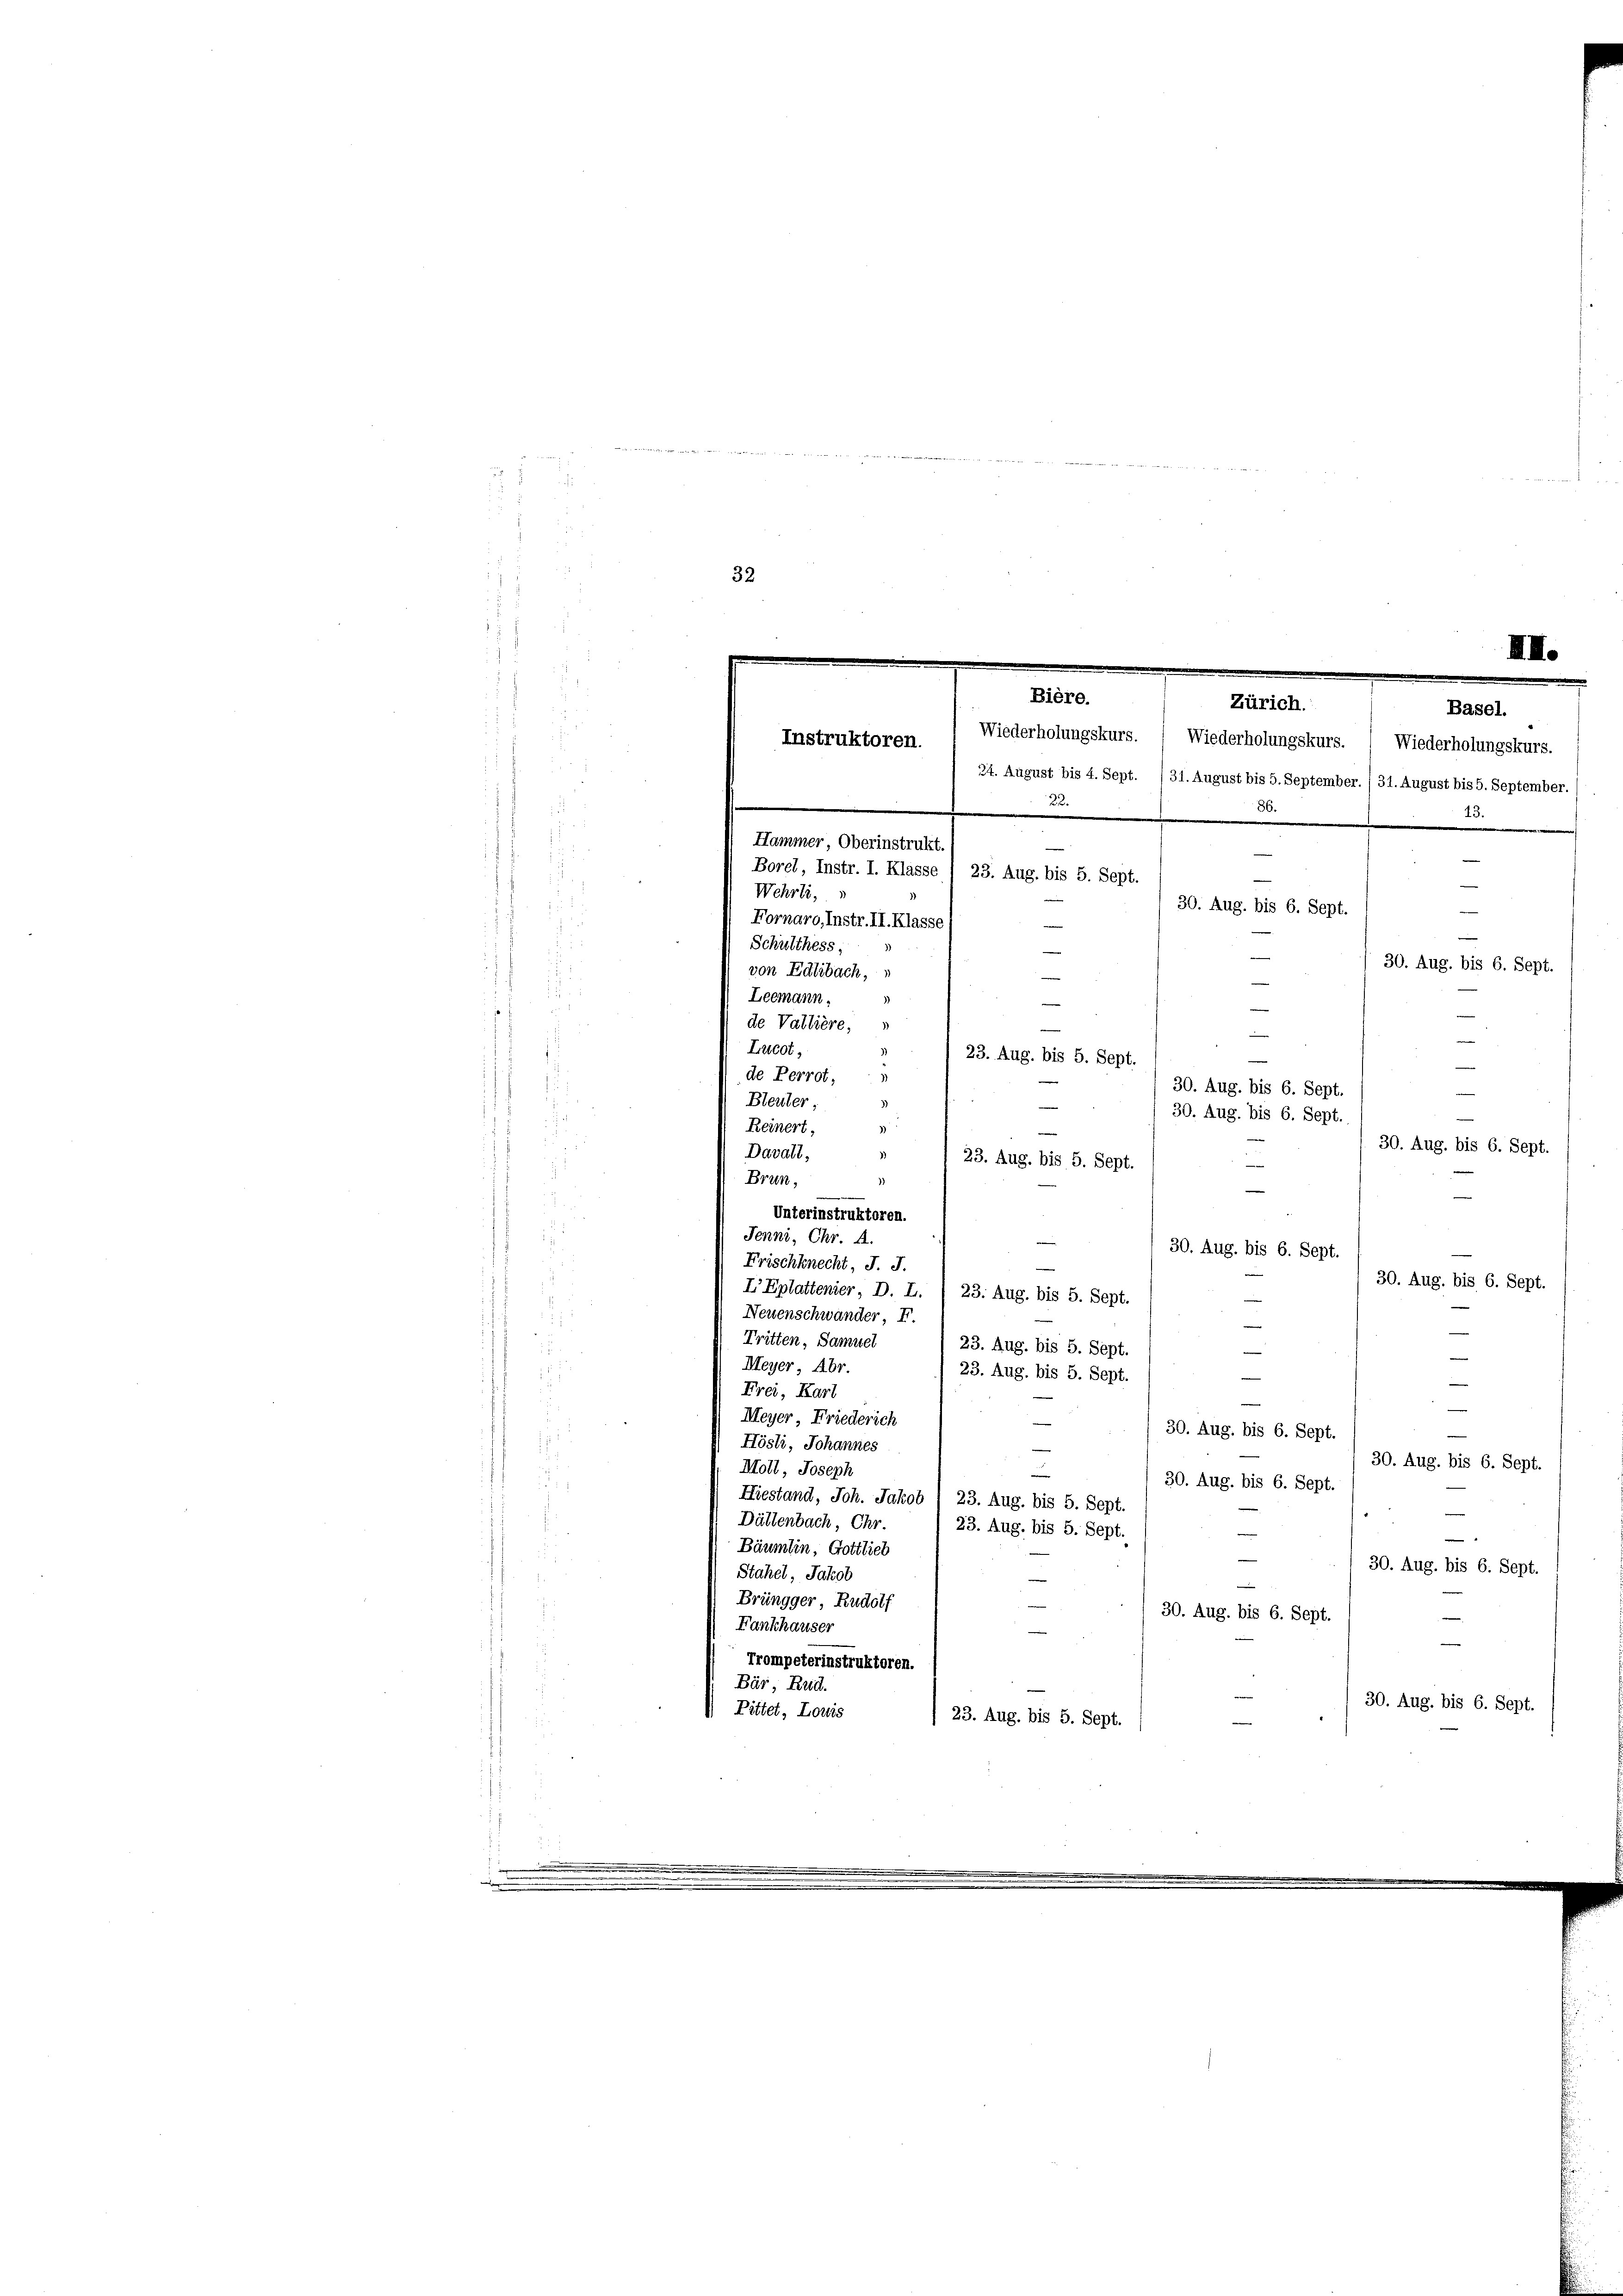
u
.
.
7

32
e
e
Bière.
Zürich.
Basel.
Instruktoren.
Wiederholungskurs. ( Wiederholungskurs. ( Wiederholungskurs.
24. August bis 4. Sept. (31. August bis 5. September. / 31. August bis 5. September.)

1
Hammer, Oberinstrukt
Borel, Instr. I. Klasse (23. Aug. bis 5. Sept.
Wehrli,
Fornaro, Instr. II. Klass
Schulthess,
von Edlibach,
i
Leemann.
.
2
de Vattière,
¬
Lucot,
de Perrot,
Bleuter,
e
30. Aug. bis 6. Sept.
Reinert,
3
Davall,
.
1)
23. Aug. bis 5. Sept.
¬
Brun¬
)
—
Unterinstruktoren.
Jenni, Chr. A.
30. Aug. bis 6. Sept.
Frischknecht, J. J.
e
z
30. Aug. bis 6. Sept.
L’Eplattenier, D. L. (23. Aug. bis 5. Sept
.
Neuenschwander, F.
Tritten, Samuel
23. Aug. bis 5. Sept.
Meyer, Abr.
23. Aug. bis 5. Sept.
Frei, Kart
Meyer, Friederich
30. Aug. bis 6. Sept.
Hösli, Johannes
30. Aug. bis 6. Sept.
Moll, Joseph
e
30. Aug. bis 6. Sept.
Hiestand, Joh. Jakob ( 23. Aug. bis 5. Sept.
e
Dättenbach, Chr.
23. Aug. bis 5. Sept.

Bäumlin, Gottlich
30. Aug. bis 6. Sept.
Stahel, Jakob
Brüngger, Rudolf
30. Aug. bis 6. Sept.
Fankhauser

Trompeterinstruktoren.
Bär, Rud.
30. Aug. bis 6. Sept.
 Bittet, Louis
23. Aug. bis 5. Sept.

22.
d
.
30. Aug. bis 6. Sept.
30. Aug. bis 6. Sept.
e
¬
—
23. Aug. bis 5. Sept.

30. Aug. bis 6. Sept.

III.

30. Aug. bis 6. Sept.